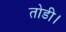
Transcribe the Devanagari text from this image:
तोडी।